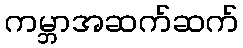
ကမ္ဘာအဆက်ဆက်